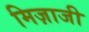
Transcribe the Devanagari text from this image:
मिज़ाजी